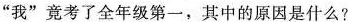
”我”竟考了全年级第一，其中的原因是什么?